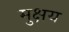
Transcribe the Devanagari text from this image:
मुक्षय